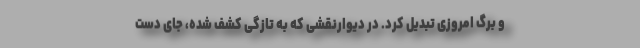
و برگ امروزی تبدیل کرد. در دیوارنقشی که به تازگی کشف شده، جای دست